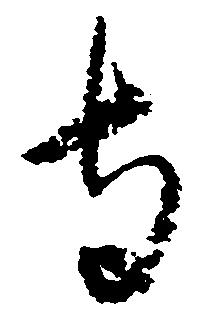
寺